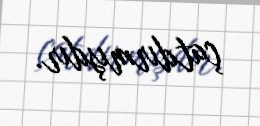
çatdırmışdır.